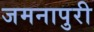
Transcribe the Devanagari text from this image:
जमनापुरी